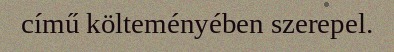
című költeményében szerepel.